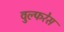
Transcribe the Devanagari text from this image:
वुल्फरेस